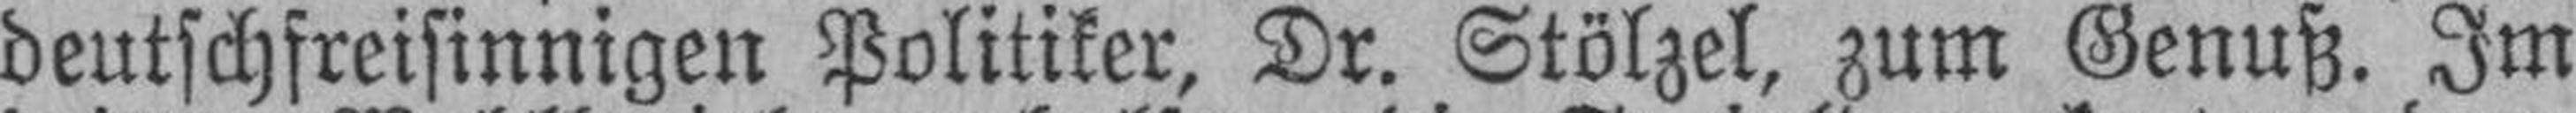
deutschfreisinnigen Politiker, Dr. Stölzel, zum Genuß. Im